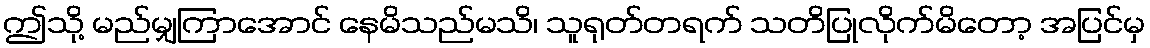
ဤသို့ မည်မျှကြာအောင် နေမိသည်မသိ၊ သူရုတ်တရက် သတိပြုလိုက်မိတော့ အပြင်မှ